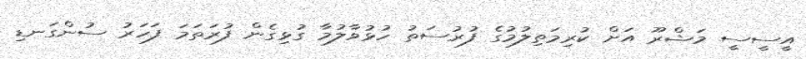
އީސީސީ މަޝްރޫ އަށް ކުރިމަތިލުމުގެ ފުރުސަތު ހުޅުވާލުމާ ގުޅިގެން ފުރަތަމަ ފަހަރު ސުންގަނޑި